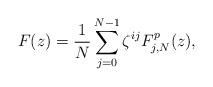
LaTeX: \begin{align*}F(z) = \frac{1}{N} \sum_{j=0}^{N-1} \zeta^{ij} F^p_{j,N}(z),\end{align*}